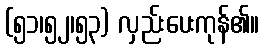
(၅၁၊၅၂၊၅၃) လှည်းပေးကုန်၏။